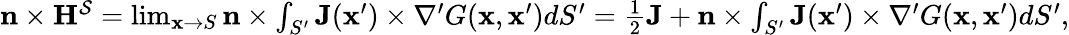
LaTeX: \begin{array}{r}{\mathbf{n}\times\mathbf{H}^{\mathcal{S}}=\operatorname*{lim}_{\mathbf{x}\to S}\mathbf{n}\times\int_{S^{\prime}}\mathbf{J}(\mathbf{x}^{\prime})\times\nabla^{\prime}G(\mathbf{x},\mathbf{x}^{\prime})dS^{\prime}=\frac{1}{2}\mathbf{J}+\mathbf{n}\times\int_{S^{\prime}}\mathbf{J}(\mathbf{x}^{\prime})\times\nabla^{\prime}G(\mathbf{x},\mathbf{x}^{\prime})dS^{\prime},}\end{array}